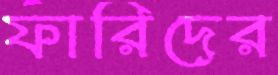
ফারিদের